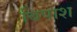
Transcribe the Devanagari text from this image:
बिपाश